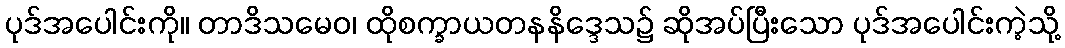
ပုဒ်အပေါင်းကို။ တာဒိသမေဝ၊ ထိုစက္ခာယတနနိဒ္ဒေသ၌ ဆိုအပ်ပြီးသော ပုဒ်အပေါင်းကဲ့သို့